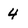
Character: 4